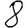
Digit: 8